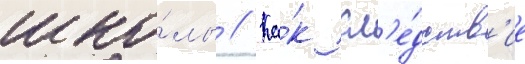
шко́лы // Ка́к сл'е́дств'ие